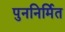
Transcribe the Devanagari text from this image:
पुननिर्मित